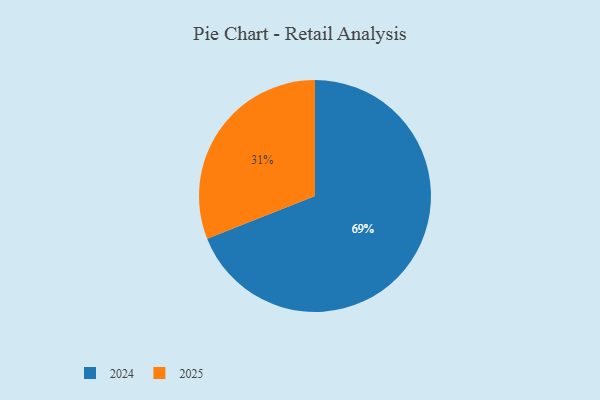
{"axis": {"x": "Category", "y": "Percentage"}, "legend": ["2024", "2025"], "data": [{"x": "2025", "y": 31, "type": "2025"}, {"x": "2024", "y": 69, "type": "2024"}]}